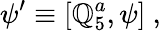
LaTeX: \psi^{\prime}\equiv[\mathbb{Q}_{5}^{a},\psi]\ ,